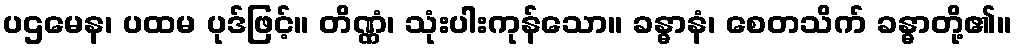
ပဌမေန၊ ပထမ ပုဒ်ဖြင့်။ တိဏ္ဏံ၊ သုံးပါးကုန်သော။ ခန္ဓာနံ၊ စေတသိက် ခန္ဓာတို့၏။